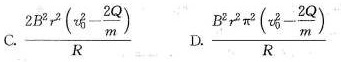
C. \frac{2B^{2}r^{2}(υ_{0}^{2}-\frac{2Q}{m})}{R} D. \frac{B^{2}r^{2} \pi ^{2}(v_{0}^{2}- \frac{2Q}{m})}{R}